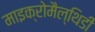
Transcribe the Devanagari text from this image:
माइक्रोमैल्थिडी